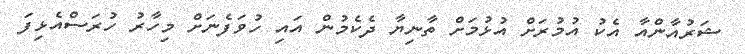
ޝަރުއާންއާ އެކު އުމުރަށް އުޅުމަށް ތާނިޔާ ދެކެމުން އައި ހުވަފެނަށް މިހާރު ހުރަސްއެޅިފަ